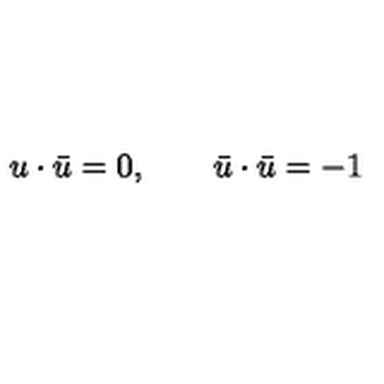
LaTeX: u \cdot \bar { u } = 0 , \qquad \bar { u } \cdot \bar { u } = - 1